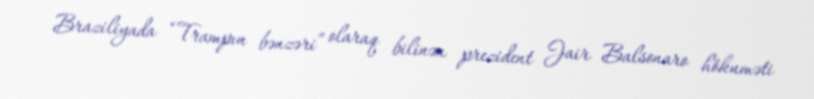
Braziliyada “Trampın bənzəri” olaraq bilinən prezident Jair Balsonaro hökuməti